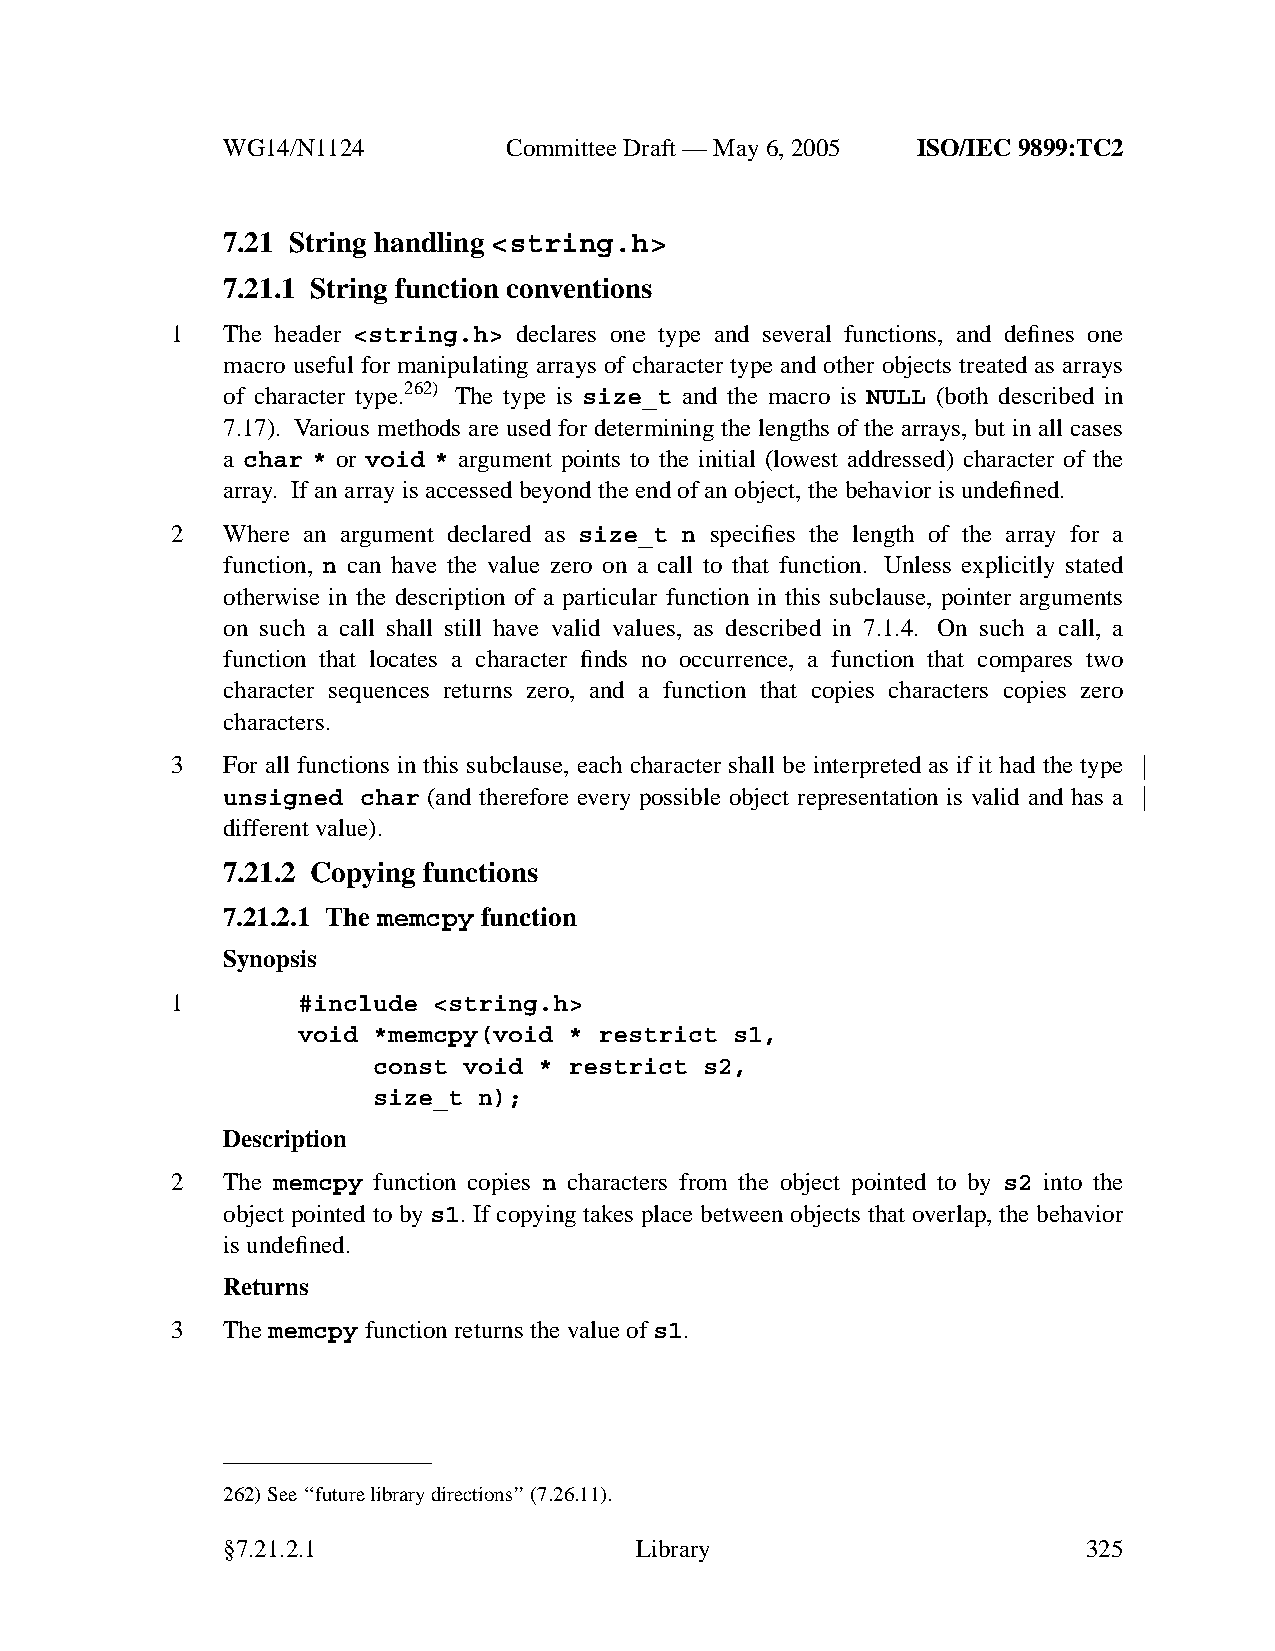
WG14/N1124        CommitteeDraft — May 6, 2005 ISO/IEC 9899:TC2
 7.21 String handling <string.h>
 7.21.1 String function conventions
 1   The header <string.h> declares one type and several functions, and defines one
 macro useful for manipulating arrays of character type and other objects treated as arrays
 of character type.262) The type is size_t and the macro is NULL (both described in
 7.17). Various methods are used for determining the lengths of the arrays, but in all cases
 a char * or void * argument points to the initial (lowest addressed) character of the
 array. Ifanarray is accessed beyond the end of an object, the behavior is undefined.
 2   Where an argument declared as size_t n specifies the length of the array for a
 function, n can have the value zero on a call to that function. Unless explicitly stated
 otherwise in the description of a particular function in this subclause, pointer arguments
 on such a call shall still have valid values, as described in 7.1.4. On such a call, a
 function that locates a character finds no occurrence, a function that compares two
 character sequences returns zero, and a function that copies characters copies zero
 characters.
 3   For all functions in this subclause, each character shall be interpreted as if it had the type
 unsigned char (and therefore every possible object representation is valid and has a
 different value).
 7.21.2 Copying functions
 7.21.2.1 The memcpy function
 Synopsis
 1        #include <string.h>
 void *memcpy(void * restrict s1,
 const void * restrict s2,
 size_t n);
 Description
 2   The memcpy function copies n characters from the object pointed to by s2 into the
 object pointed to by s1. If copying takes place between objects that overlap, the behavior
 is undefined.
 Returns
 3   Thememcpy function returns the value ofs1.
 262)See ‘‘future library directions’’(7.26.11).
 §7.21.2.1                  Library                       325